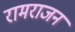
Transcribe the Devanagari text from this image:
रामराजन